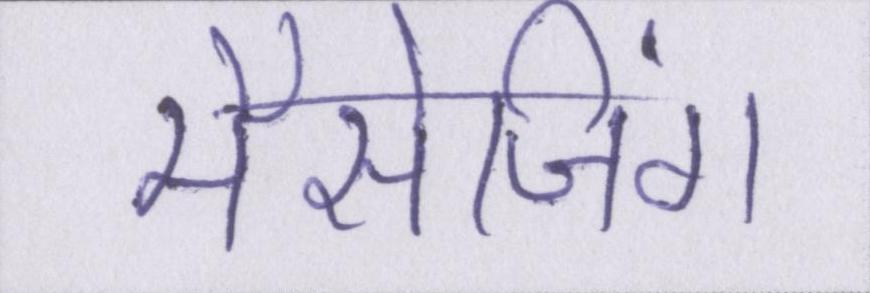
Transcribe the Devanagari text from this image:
मैसेजिंग